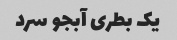
یک بطری آبجو سرد